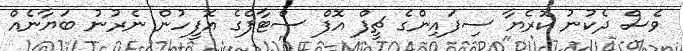
ވެސް ދެކުނު ކޮރެޔާ ސިފައިންގެ ޗީފް އޮފް ސްޓާފްގެ އޮފީހުން ނެރުނު ބަޔާނެއް